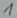
Text: 1